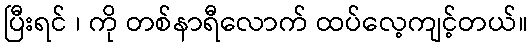
ပြီးရင် ၊ ကို တစ်နာရီလောက် ထပ်လေ့ကျင့်တယ်။